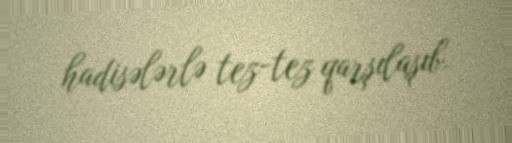
hadisələrlə tez-tez qarşılaşıb.